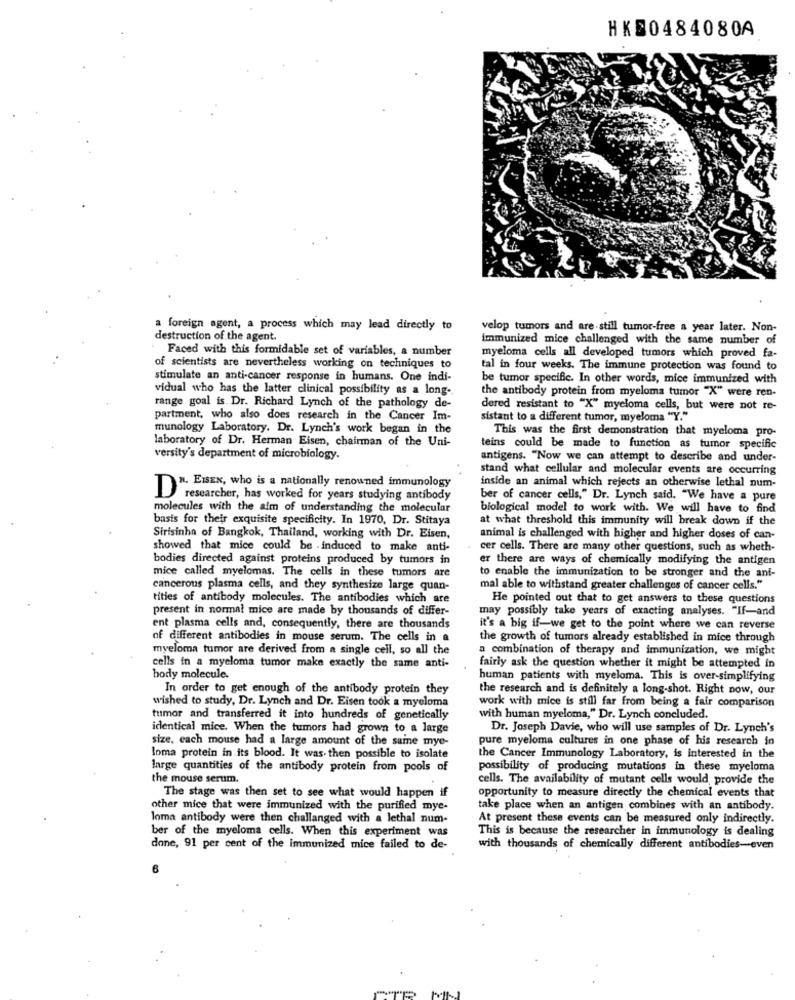
HKS0484080A
a foreign agent, a process which may lead directly to
velop tumors and are still tumor-free a year later. Non-
destruction of the agent.
immunized mice challenged with the same number of
Faced with this formidable set of variables, a number
myeloma cells all developed tumors which proved fa-
of scientists are nevertheless working on techniques to
tal in four weeks. The immune protection was found to
stimulate an anti-cancer response in humans. One indi-
be tumor specific. In other words, mice immunized with
vidual who has the latter clinical possibility as a long-
the antibody protein from myeloma tumor "X" were ren-
range goal is. Dr. Richard Lynch of the pathology de-
dered resistant to "X" myeloma cells, but were not re-
partment, who also does research in the Cancer Im-
sistant to a different tumor, myeloma "Y."
munology Laboratory. Dr. Lynch's work began in the
This was the first demonstration that myeloma pro-
laboratory of Dr. Herman Eisen, chairman of the Uni-
teins could be made to function as tumor specific
versity's department of microbiology.
antigens. "Now we can attempt to describe and under-
stand what cellular and molecular events are occurring
inside an animal which rejects an otherwise lethal num-
DR. EISEN, who is a nationally renowned immunology
researcher, has worked for years studying antibody
ber of cancer cells," Dr. Lynch said. "We have a pure
molecules with the aim of understanding the molecular
biological model to work with. We will have to find
basis for their exquisite specificity. In 1970, Dr. Stitaya
at what threshold this immunity will break down if the
Sirisinha of Bangkok, Thailand, working with Dr. Eisen,
animal is challenged with higher and higher doses of can-
showed that mice could be -induced to make anti-
cer cells. There are many other questions, such as wheth-
bodies directed against proteins produced by tumors in
er there are ways of chemically modifying the antigen
mice called myelomas. The cells in these tumors are
to enable the immunization to be stronger and the ant-
cancerous plasma cells, and they synthesize large quan-
mal able to withstand greater challenges of cancer cells."
tities of antibody molecules. The antibodies which are
He pointed out that to get answers to these questions
present in normal mice are made by thousands of differ-
may possibly take years of exacting analyses. "If-and
ent plasma cells and, consequently, there are thousands
it's a big if-we get to the point where we can reverse
of different antibodies in mouse serum. The cells in a
the growth of tumors already established in mice through
myeloma tumor are derived from a single cell, so all the
a combination of therapy and immunization, we might
cells in a myeloma tumor make exactly the same anti-
fairly ask the question whether it might be attempted in
body molecule.
human patients with myeloma. This is over-simplifying
In order to get enough of the antibody protein they
the research and is definitely a long-shot. Right now, our
wished to study, Dr. Lynch and Dr. Eisen took a myeloma
work with mice is still far from being a fair comparison
tumor and transferred it into hundreds of genetically
with human myeloma," Dr. Lynch concluded.
identical mice. When the tumors had grown to a large
Dr. Joseph Davie, who will use samples of Dr. Lynch's
size, each mouse had a large amount of the same mye-
pure myeloma cultures in one phase of his research in
loma protein in its blood. It was. then possible to isolate
the Cancer Immunology Laboratory, is interested in the
large quantities of the antibody protein from pools of
possibility of producing mutations in these myeloma
the mouse serum.
cells. The availability of mutant cells would, provide the
opportunity to measure directly the chemical events that
The stage was then set to see what would happen if
other mice that were immunized with the purified mye-
take place when an antigen combines with an antibody.
loma antibody were then challanged with a lethal num-
At present these events can be measured only indirectly.
ber of the myeloma cells. When this experiment was
This is because the researcher in immunology is dealing
done, 91 per cent of the immunized mice failed to de-
with thousands of chemically different antibodies-even
6